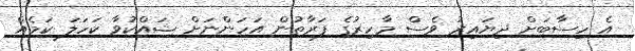
އެ ހިސާބަށް ދިޔައިރު ވެސް މާހިރުގެ ފަރާތުން އަހަންނަށް ޝައްކުވާ ކަހަލަ ކަމެއް